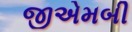
જીએમબી